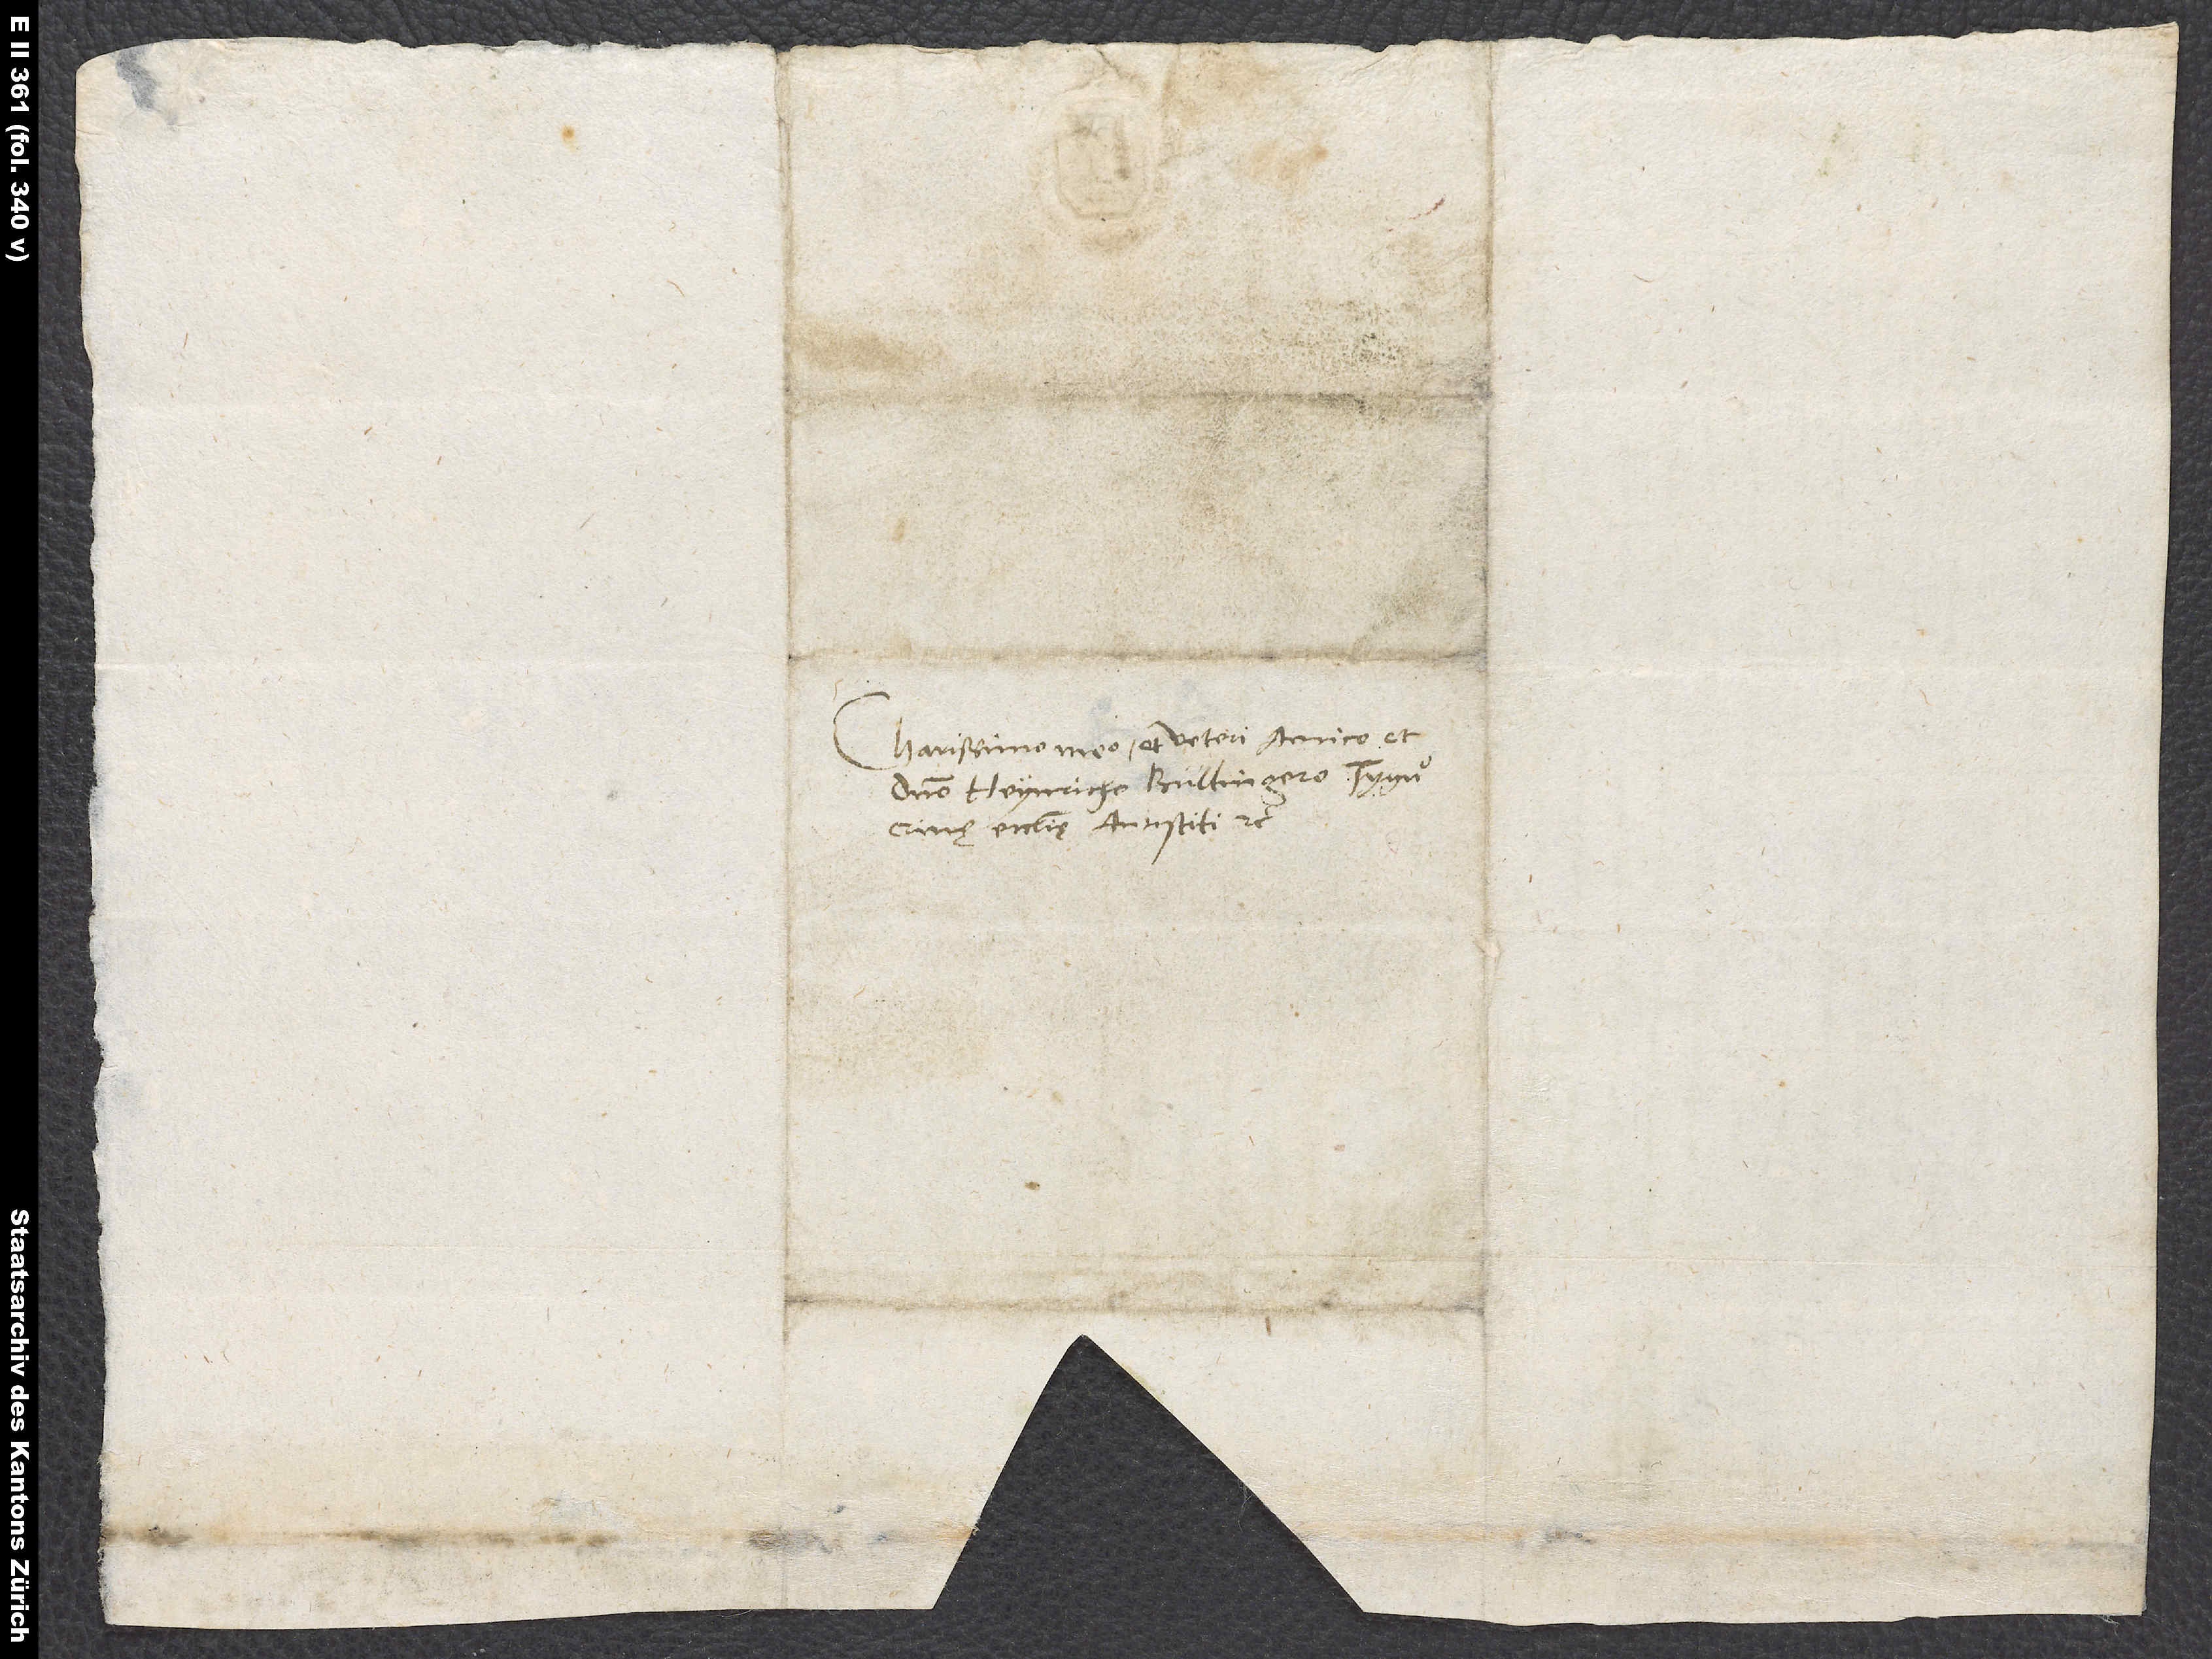
Clarissimo meo et veteri amico et
domino Heynricho Bullingero, Tygurinę
ecclesię antistiti, etc.